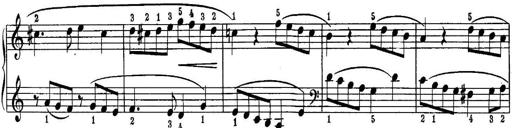
Title: Quatres sonatines
Composer: Tadeusz Joteyko